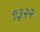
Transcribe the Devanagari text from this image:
९३२२